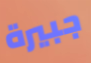
جبيرة